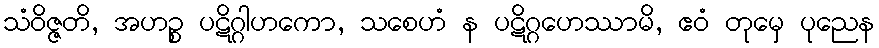
သံဝိဇ္ဇတိ, အဟဉ္စ ပဋိဂ္ဂါဟကော, သစေဟံ န ပဋိဂ္ဂဟေဿာမိ, ဧဝံ တုမှေ ပုညေန